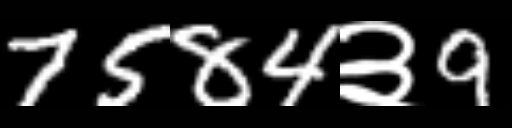
Text: 7584३9